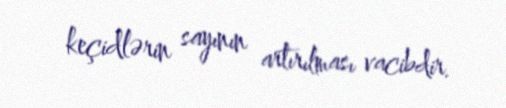
keçidlərin sayının artırılması vacibdir.